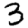
Digit: 3